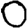
Digit: 0